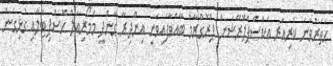
ހަތަރުވަނަ ކެރިއަރ އެކްސްޕްލޮރޭޝަން ޕްރޮގްރާމް ބާއްވާފައިވަނީ އިންދިރާ ގާންދީ މެމޯރިއަލް ހޮސްޕިޓަލާއި ގުޅިގެން